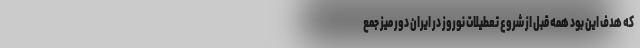
که هدف این بود همه قبل از شروع تعطیلات نوروز در ایران دور میز جمع